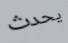
يحدث